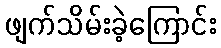
ဖျက်သိမ်းခဲ့ကြောင်း